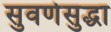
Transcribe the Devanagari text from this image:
सुवर्णसुद्धा